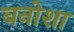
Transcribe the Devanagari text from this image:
बनोशा